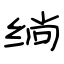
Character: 绱